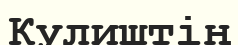
Кулиштің